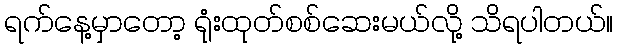
ရက်နေ့မှာတော့ ရုံးထုတ်စစ်ဆေးမယ်လို့ သိရပါတယ်။